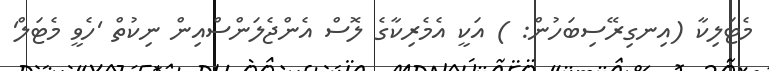
މެޓަލިކާ (އިނގިރޭސިބަހުން: ) އަކީ އެމެރިކާގެ ލޮސް އެންޖެލަންސްއިން ނިކުތް 'ހެވީ މެޓަލް'